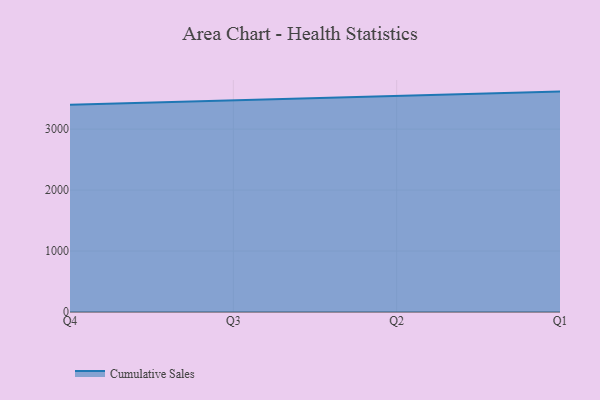
{"axis": {"x": "Quarter", "y": "Bounce Rate (%)"}, "legend": ["Cumulative Sales"], "data": [{"x": "Q4", "y": 3397.9, "type": "Cumulative Sales"}, {"x": "Q3", "y": 3466.4, "type": "Cumulative Sales"}, {"x": "Q2", "y": 3543.2, "type": "Cumulative Sales"}, {"x": "Q1", "y": 3615.3, "type": "Cumulative Sales"}]}